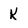
Character: k